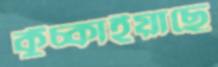
কুঁচ্‌কাইয়াছে